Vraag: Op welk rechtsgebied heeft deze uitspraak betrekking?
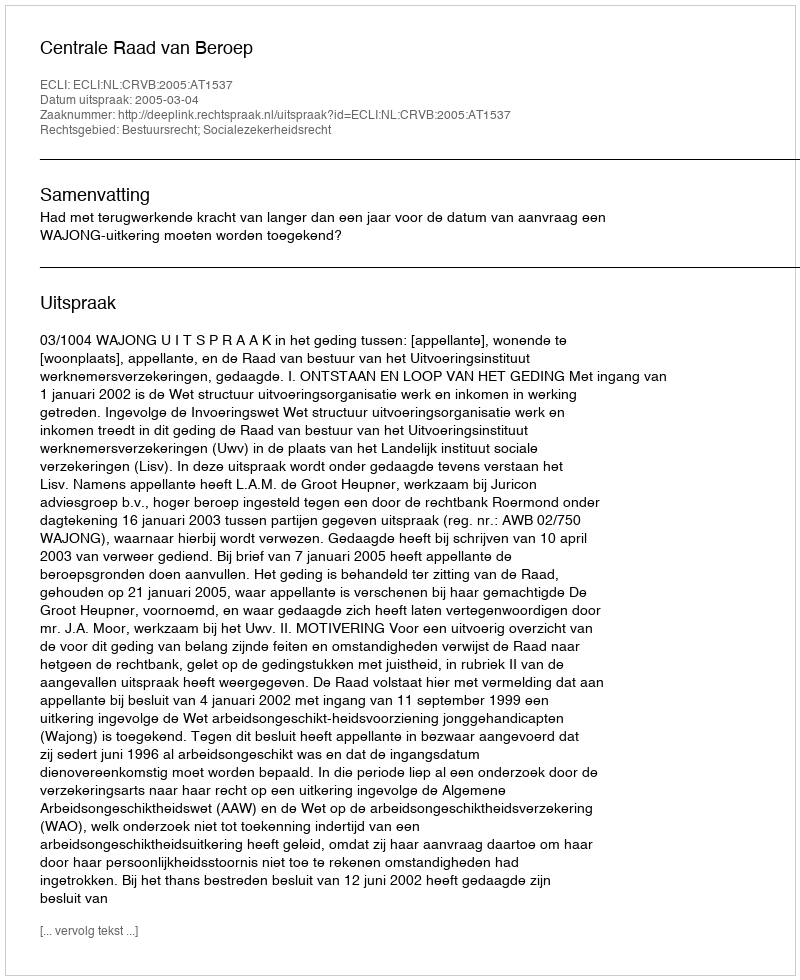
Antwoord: Bestuursrecht; Socialezekerheidsrecht